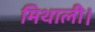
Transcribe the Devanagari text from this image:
मिथाली।